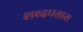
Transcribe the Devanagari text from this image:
शब्दपसारा